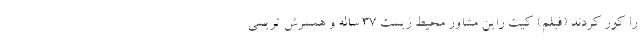
را کور کردند (فیلم) کیت راین مشاور محیط زیست 37 ساله و همسرش تریسی